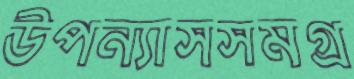
উপন্যাসসমগ্র